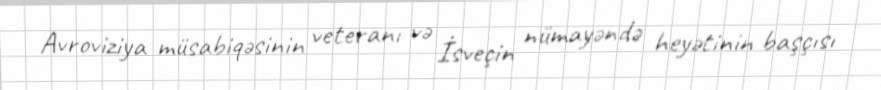
Avroviziya müsabiqəsinin veteranı və İsveçin nümayəndə heyətinin başçısı